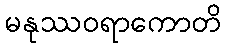
မနုဿဝရာကောတိ